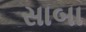
સાબા